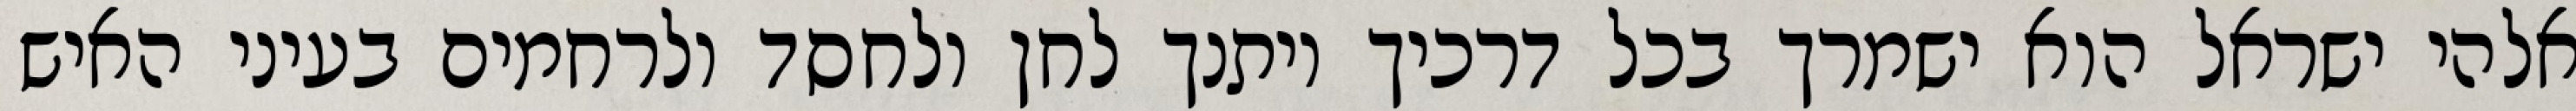
אלהי ישראל הוא ישמרך בכל דרכיך ויתנך לחן ולחסד ולרחמים בעיני האיש